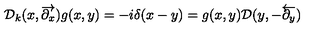
{ \cal D } _ { k } ( x , \overrightarrow { \partial _ { x } } ) g ( x , y ) = - i \delta ( x - y ) = g ( x , y ) { \cal D } ( y , - \overleftarrow { \partial _ { y } } )